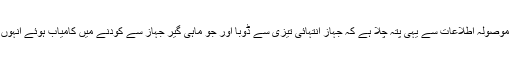
بچاؤ کے عمل میں مصروف عملے اور ڈوبنے والے جہاز کی کپمنی سے موصولہ اطلاعات سے یہی پتہ چلا ہے کہ جہاز انتہائی تیزی سے ڈوبا اور جو ماہی گیر جہاز سے کودنے میں کامیاب ہوئے انہوں نے انتہائی جلدی میں لائف جیکٹ کے بغیر پانی میں چھلانگ لگائی تھی۔